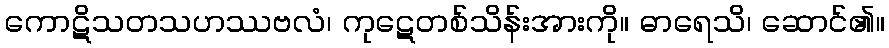
ကောဋိသတသဟဿဗလံ၊ ကုဋေတစ်သိန်းအားကို။ ဓာရေသိ၊ ဆောင်၏။